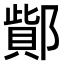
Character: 𨝳